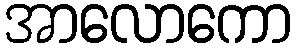
အာလောကော